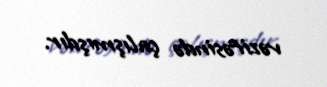
vəzifəsində çalışmışdır.